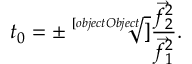
t _ { 0 } = \pm { \sqrt [ [object Object] ] { \frac { { \vec { f } } _ { 2 } ^ { 2 } } { { \vec { f } } _ { 1 } ^ { 2 } } } } .